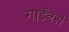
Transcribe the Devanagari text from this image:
गार्डेनर्स